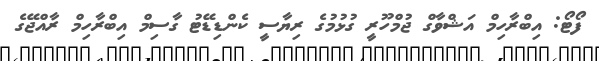
ފޯޓޯ: އިބްރާހިމް އަޝްވާގް ޖުމްހޫރީ ގުޅުމުގެ ރިޔާސީ ކެންޑިޑޭޓު ގާސިމް އިބްރާހިމް ރާއްޖޭގެ